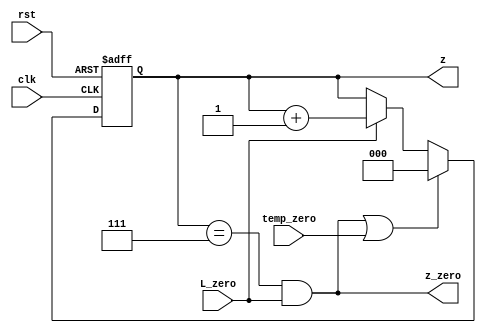
module z_counter_Layer_6 (z,z_zero,clk,rst,L_zero,temp_zero);
output reg  [2:0] z;
output wire z_zero;
input clk,rst,L_zero,temp_zero;
always @ (posedge clk or negedge rst)
	begin
		if (!rst )
			begin z<=0;  end
		//else if (temp_count && !temp_zero);
		else if((z==7 && L_zero)||temp_zero)
					z<=0;
		else if(L_zero)
			begin z<=z+3'b001;  end
	end
assign z_zero=z==7&& L_zero;

endmodule